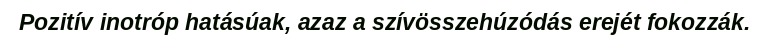
Pozitív inotróp hatásúak, azaz a szívösszehúzódás erejét fokozzák.